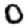
Digit: 0